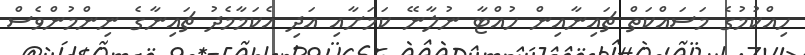
ހިއްކުމުގެ މަސައްކަތް ޗައިނާއިން ހުއްޓާ ނުލާނޭ ކަމަށާއި އަދި އެކަމާމެދު ޗައިނާގެ ނިންމުންވެސް